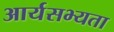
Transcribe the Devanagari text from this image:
आर्यसभ्यता